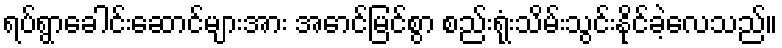
ရပ်ရွာခေါင်းဆောင်များအား အောင်မြင်စွာ စည်းရုံးသိမ်းသွင်းနိုင်ခဲ့လေသည်။